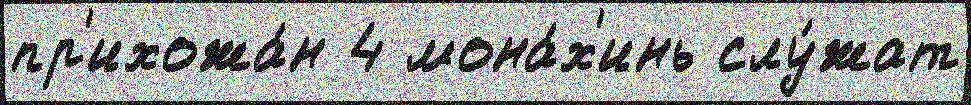
пр'ихожа́н 4 мона́х'инь слу́жат